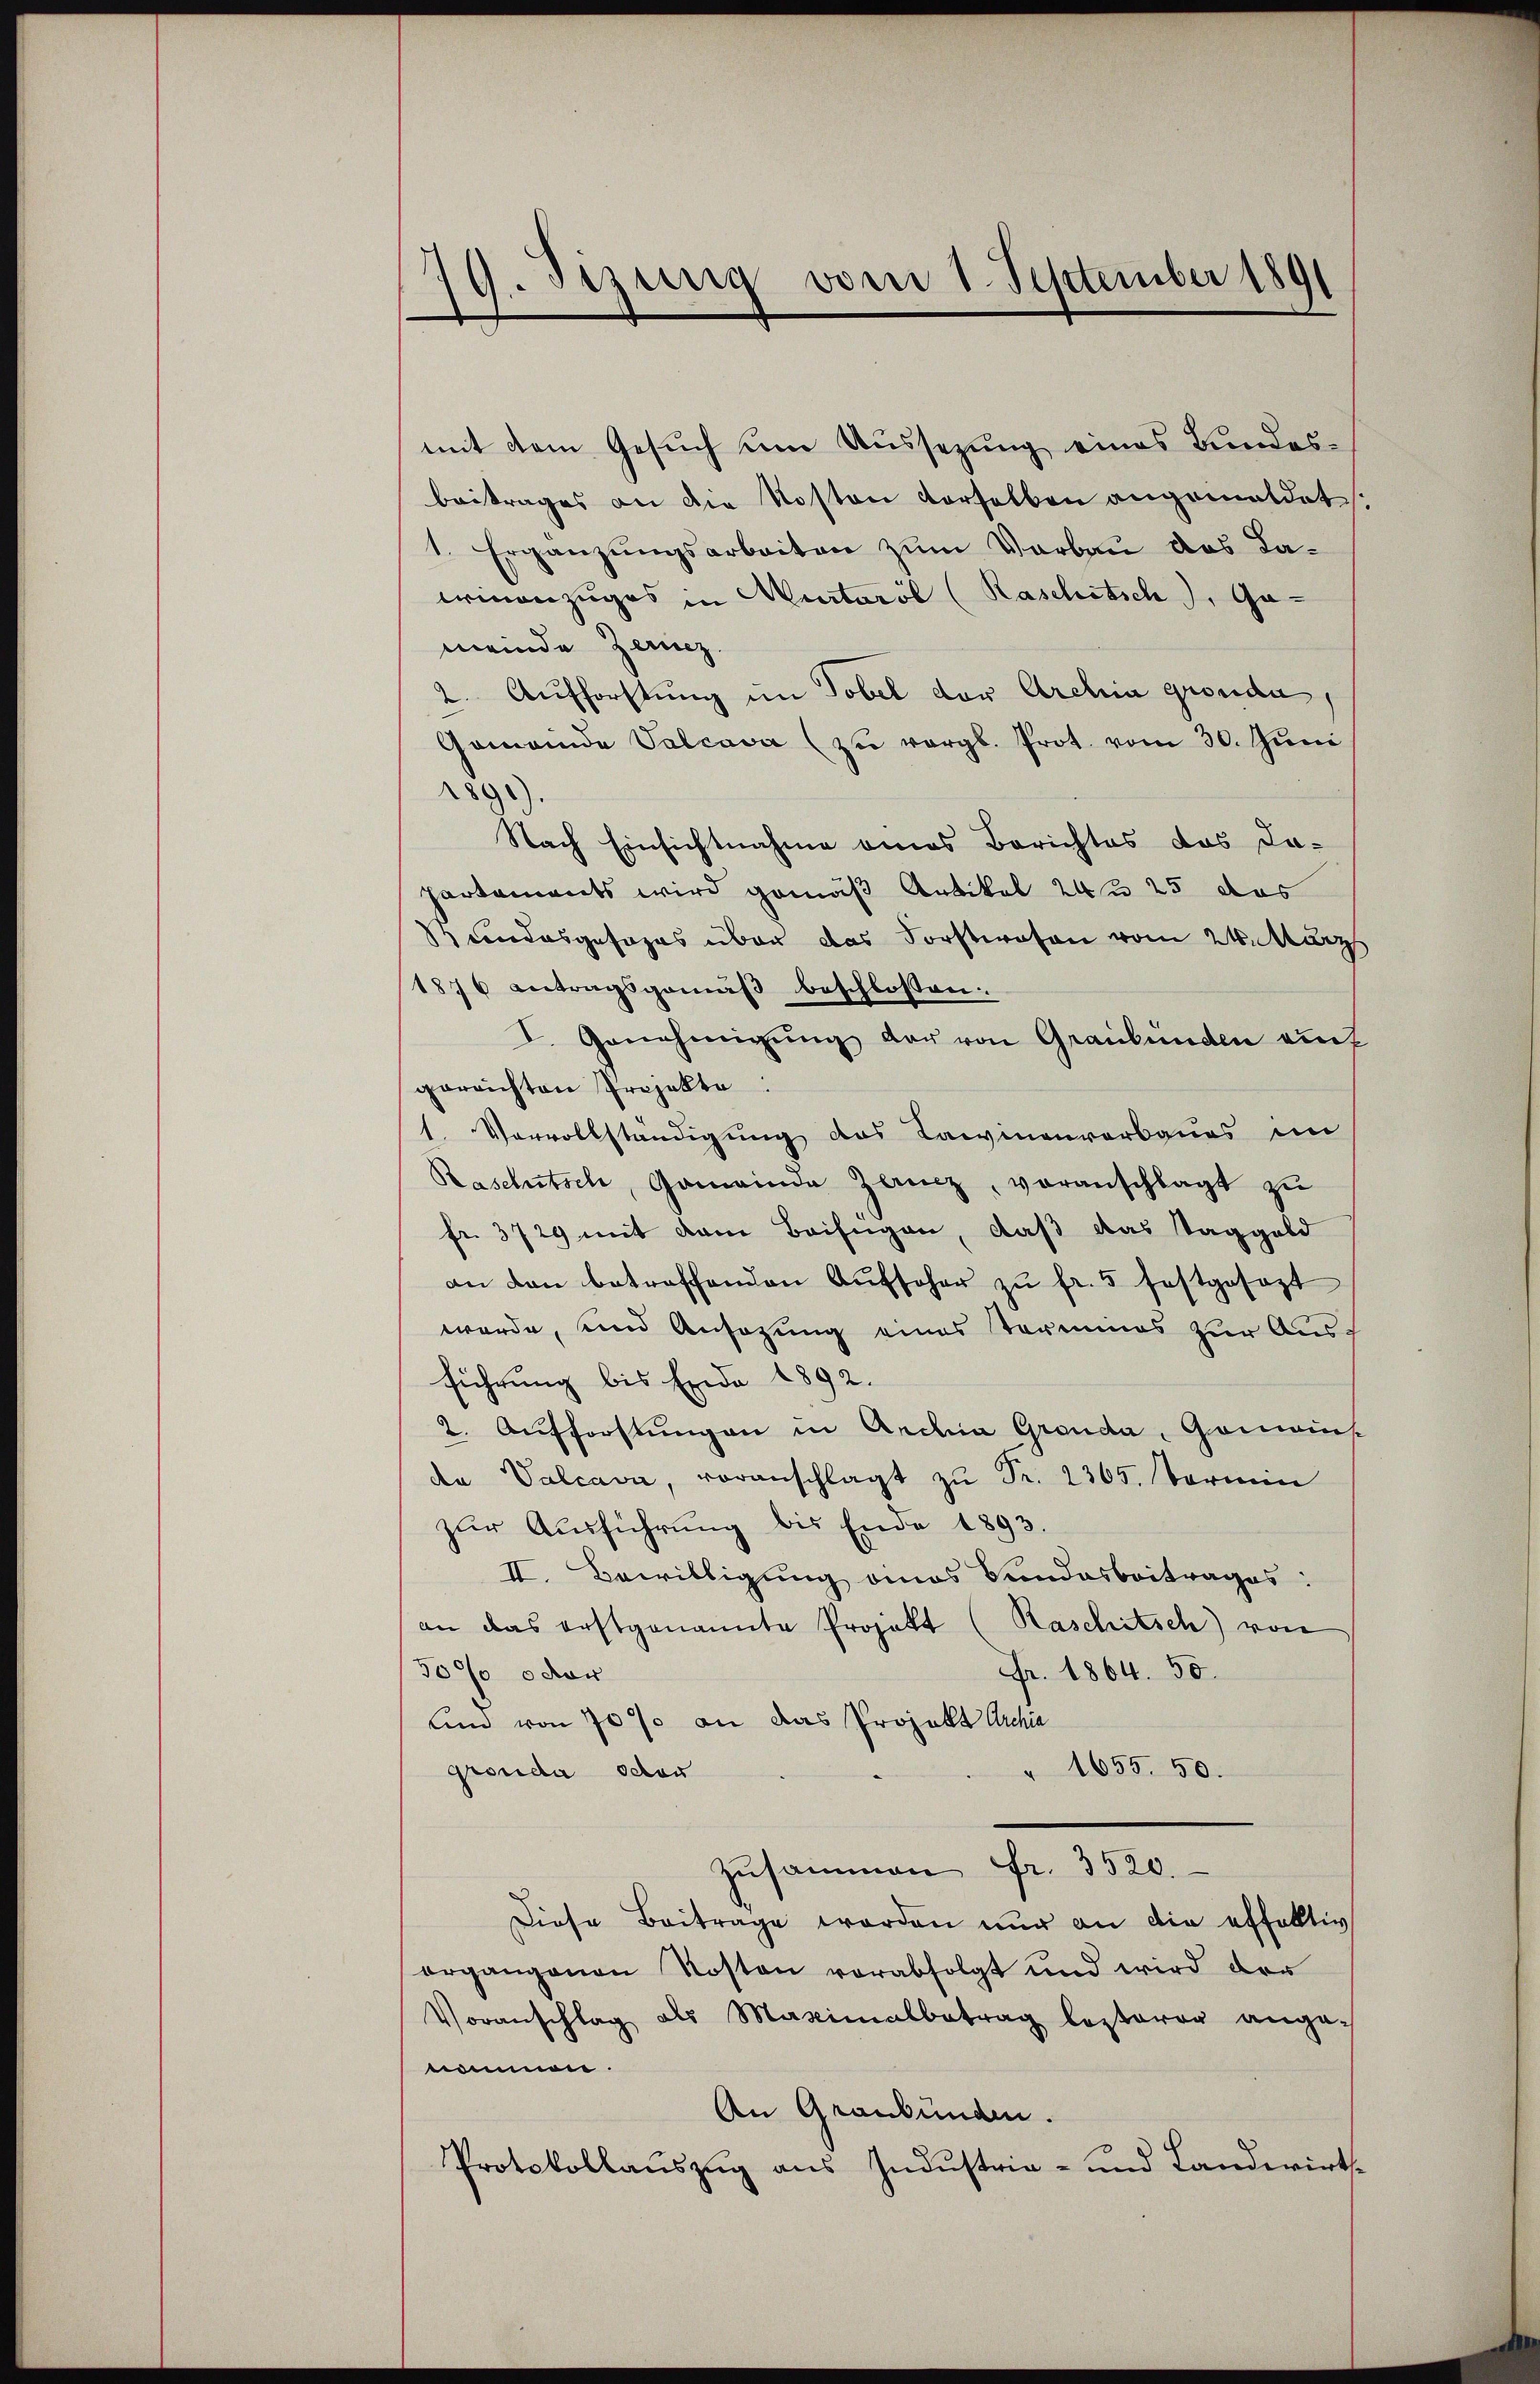
9. Jurig vom 1. September 189
—

mit dem Gesuch um Aussezung eines Bundesbeitrages an die Kosten derselben angemildet:
1. Ergänzungsarbeiten zum Vorbau das Baerinenzuges in Murtaröl (Raschitsch, Gameinde Zerez.
2. Aufforstung im Tobel der Archia gronda,
Gemeinde Valcava (zu vergl. Prot. vom 30. Juni
2891)
Nach Einsichtnahme eines Berichtes das Da-
partements wird gemäß Artikel 24 25 das
cndesgesages über das Forstwesen vom 24. März
1876 antragsgemäβ beschlossen
I. Genehmigŭng der von Graubünden auch
gereichten Projekte
1. Vervollständigung des Larvinenverbaues im
Raschitsch, Gemeinde Zwicz, voranschlagt zu
fr. 3729 mit dem Beifügen, daß das Taggeld
an den betroffenden Aŭfseher zŭ fr. 5 festgesagt
werde, und Ansazung eines Termines zur Ausführung bis Ende 1892.
2. Aufforstungen in Archia Granda Gomains
den Valcava, voranschlagt zŭ Fr. 2365. Termin
zŭr Aŭsführŭng bis Ende 1893.
II. Bewilligung eines Bundesbeitrages:
an das erstgenannte Projekt (Raschitsch) von
3000 oder
Fr. 1864. 50.
Kind von 70 % an das Projekt Archia
" 1655. 50.
gronda oder
zusammen Fr. 3520.
Diese Beitrage werden nur an die effektiv
ergangenen Kosten verabfolgt und wird der
Voranschlag als Maximalbetrag lezterer ange-
nommen.
An Graubünden.
Protokollauszug aus Industrie- und Landwirts